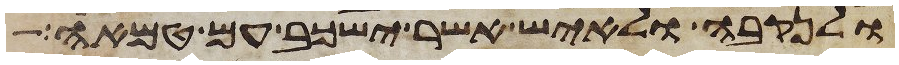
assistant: ולנקבה ולאיש אשר ישכב עם טמאה